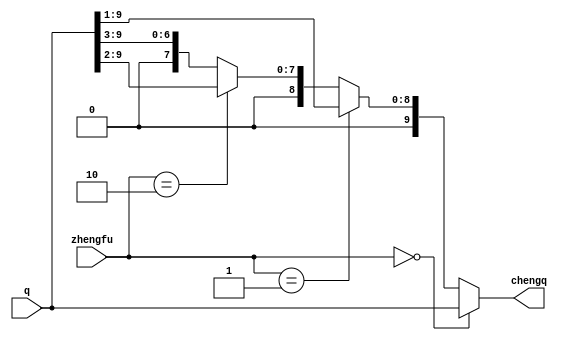
module Verilog2(zhengfu,q,chengq);
	input [9:0] q;
	input [1:0]zhengfu;
	output reg [9:0] chengq;
	
	always @(*)
	begin
		if(zhengfu==2'b00)
			chengq=q;
		else if(zhengfu==2'b01)
			chengq=q>>1;
		else if(zhengfu==2'b10)
			chengq=q>>2;
		else 
			chengq=q>>3;
	end
	
endmodule